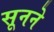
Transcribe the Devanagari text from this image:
सूनने